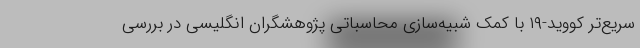
سریع‌تر کووید-۱۹ با کمک شبیه‌سازی محاسباتی پژوهشگران انگلیسی در بررسی